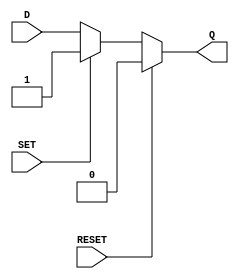
module async_register (
    input wire D,          // Data input
    input wire SET,       // Asynchronous set input
    input wire RESET,     // Asynchronous reset input
    output reg Q          // Output
);

    always @(*) begin
        if (RESET) begin
            Q = 1'b0;      // Reset output to 0
        end else if (SET) begin
            Q = 1'b1;      // Set output to 1
        end else begin
            Q = D;         // Update output to data input D
        end
    end

endmodule